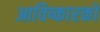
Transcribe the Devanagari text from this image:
आविष्कारको